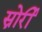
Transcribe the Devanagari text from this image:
स्नोर्री